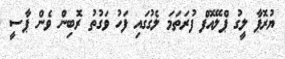
ޔުރޮޕާ ލީގު ޕްލޭއޮފް ފުރަތަމަ ލެގުގައި ފަހު ވަގުތު ރޮބިން ވެން ޕާސީ